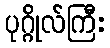
ပုဂ္ဂိုလ်ကြီး